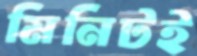
মিনিটই